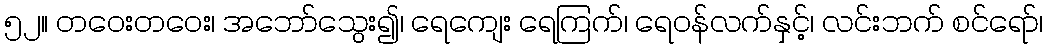
၅၂။ တဝေးတဝေး၊ အဘော်သွေး၍၊ ရေကျေး ရေကြက်၊ ရေဝန်လက်နှင့်၊ လင်းဘက် စင်ရော်၊